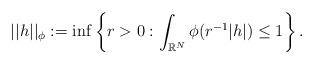
LaTeX: \begin{align*}||h||_{\phi }:=\inf \left\{ r>0:\int_{\Bbb{R}^{N}}\phi (r^{-1}|h|)\leq1\right\} . \end{align*}